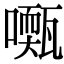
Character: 𡁓